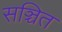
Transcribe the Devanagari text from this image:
सञ्चित